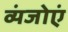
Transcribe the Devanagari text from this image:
व्यंजोएं